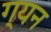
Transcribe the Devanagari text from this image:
ग्यन